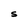
Character: S